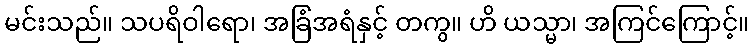
မင်းသည်။ သပရိဝါရော၊ အခြံအရံနှင့် တကွ။ ဟိ ယသ္မာ၊ အကြင်ကြောင့်။